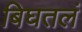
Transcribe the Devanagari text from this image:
बिघतलं